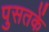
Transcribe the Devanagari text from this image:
पुसतकें